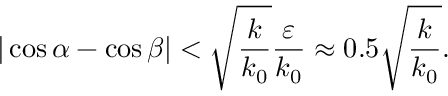
| \cos \alpha - \cos \beta | < \sqrt { \frac { k } { k _ { 0 } } } \frac { \varepsilon } { k _ { 0 } } \approx 0 . 5 \sqrt { \frac { k } { k _ { 0 } } } .